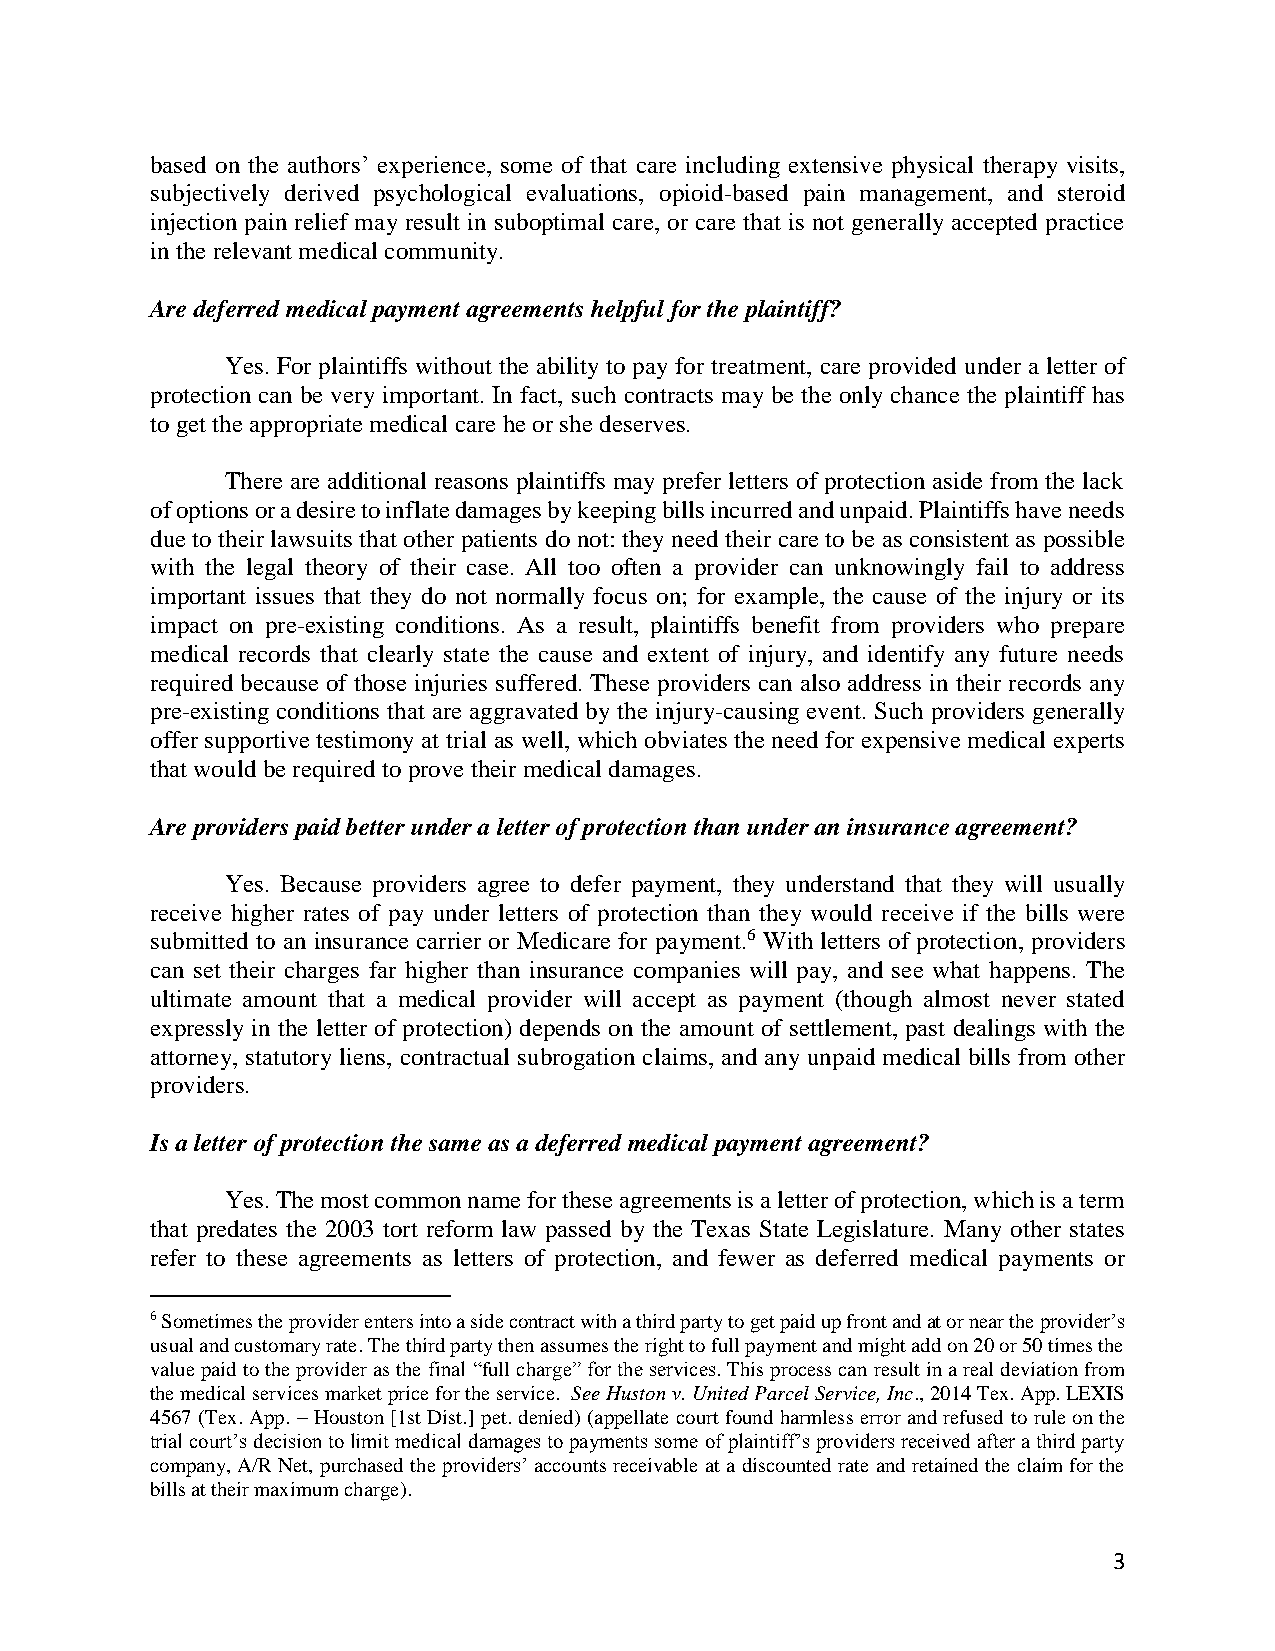
based on the authors’ experience, some of that care including extensive physical therapy visits,
 subjectively derived psychological evaluations, opioid-based pain management, and steroid
 injection pain relief may result in suboptimal care, or care that is not generally accepted practice
 in the relevant medical community.
 Are deferred medical payment agreements helpful for the plaintiff?
 Yes. For plaintiffs without the ability to pay for treatment, care provided under a letter of
 protection can be very important. In fact, such contracts may be the only chance the plaintiff has
 to get the appropriate medical care he or she deserves.
 There are additional reasons plaintiffs may prefer letters of protection aside from the lack
 of options or a desire to inflate damages by keeping bills incurred and unpaid. Plaintiffs have needs
 due to their lawsuits that other patients do not: they need their care to be as consistent as possible
 with the legal theory of their case. All too often a provider can unknowingly fail to address
 important issues that they do not normally focus on; for example, the cause of the injury or its
 impact on pre-existing conditions. As a result, plaintiffs benefit from providers who prepare
 medical records that clearly state the cause and extent of injury, and identify any future needs
 required because of those injuries suffered. These providers can also address in their records any
 pre-existing conditions that are aggravated by the injury-causing event. Such providers generally
 offer supportive testimony at trial as well, which obviates the need for expensive medical experts
 that would be required to prove their medical damages.
 Are providers paid better under a letter of protection than under an insurance agreement?
 Yes. Because providers agree to defer payment, they understand that they will usually
 receive higher rates of pay under letters of protection than they would receive if the bills were
 submitted to an insurance carrier or Medicare for payment.6 With letters of protection, providers
 can set their charges far higher than insurance companies will pay, and see what happens. The
 ultimate amount that a medical provider will accept as payment (though almost never stated
 expressly in the letter of protection) depends on the amount of settlement, past dealings with the
 attorney, statutory liens, contractual subrogation claims, and any unpaid medical bills from other
 providers.
 Is a letter of protection the same as a deferred medical payment agreement?
 Yes. The most common name for these agreements is a letter of protection, which is a term
 that predates the 2003 tort reform law passed by the Texas State Legislature. Many other states
 refer to these agreements as letters of protection, and fewer as deferred medical payments or
 6 Sometimes the provider enters into a side contract with a third party to get paid up front and at or near the provider’s
 usual and customary rate. The third party then assumes the right to full payment and might add on 20 or 50 times the
 value paid to the provider as the final “full charge” for the services. This process can result in a real deviation from
 the medical services market price for the service. See Huston v. United Parcel Service, Inc., 2014 Tex. App. LEXIS
 4567 (Tex. App. – Houston [1st Dist.] pet. denied) (appellate court found harmless error and refused to rule on the
 trial court’s decision to limit medical damages to payments some of plaintiff’s providers received after a third party
 company, A/R Net, purchased the providers’ accounts receivable at a discounted rate and retained the claim for the
 bills at their maximum charge).
 3